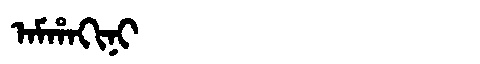
Manchu: ᠠᠮᡥᠠᡴᡳᠨᡳ
Romanization: AMHAKINI